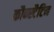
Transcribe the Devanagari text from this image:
कौन्स्टैटिन